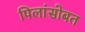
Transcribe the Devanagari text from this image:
पिलांसोबत